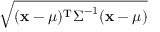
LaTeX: \sqrt { ( { \mathbf { x } } - { \boldsymbol { \mu } } ) ^ { \mathrm { T } } { \boldsymbol { \Sigma } } ^ { - 1 } ( { \mathbf { x } } - { \boldsymbol { \mu } } ) }